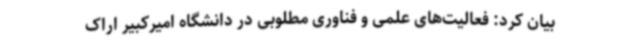
بیان کرد: فعالیت‌های علمی و فناوری مطلوبی در دانشگاه‌ امیرکبیر اراک